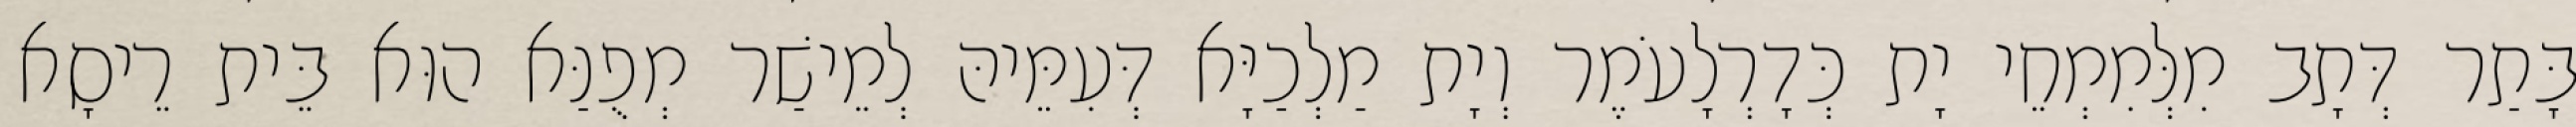
בָּתַר דְּתָב מִלְּמִמְחֵי יָת כְּדָרְלָעֹמֶר וְיָת מַלְכַיָּא דְּעִמֵּיהּ לְמֵישַׁר מְפֻנַּא הוּא בֵּית רֵיסָא